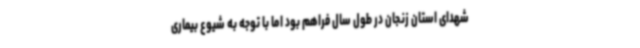
شهدای استان زنجان در طول سال فراهم بود اما با توجه به شیوع بیماری